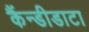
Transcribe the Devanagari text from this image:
कैंन्डीडाटा